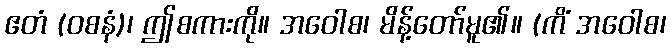
ဧတံ (ဝစနံ)၊ ဤစကားကို။ အဝေါစ၊ မိန့်တော်မူ၏။ (ကိံ အဝေါစ၊